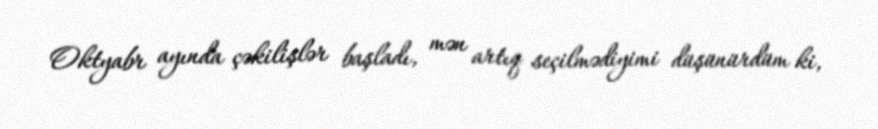
Oktyabr ayında çəkilişlər başladı, mən artıq seçilmədiyimi düşünürdüm ki,